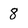
Character: 8